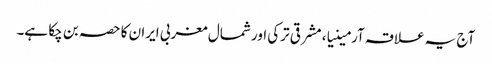
آج یہ علاقہ آرمینیا، مشرقی ترکی اور شمال مغربی ایران کا حصہ بن چکا ہے۔